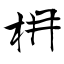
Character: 枏